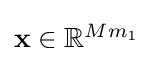
{\textstyle \mathbf {x} \in \mathbb {R} ^{Mm_{1}}}